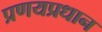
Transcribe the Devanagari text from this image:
प्रणयप्रधान